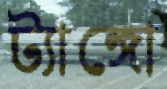
ট্যাঙ্গো